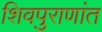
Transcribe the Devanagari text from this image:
शिवपुराणांत